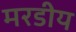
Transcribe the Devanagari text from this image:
मरडीय